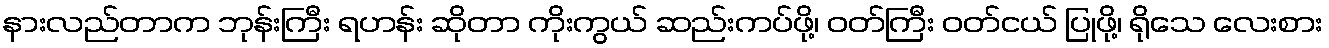
နားလည်တာက ဘုန်းကြီး ရဟန်း ဆိုတာ ကိုးကွယ် ဆည်းကပ်ဖို့၊ ဝတ်ကြီး ဝတ်ငယ် ပြုဖို့၊ ရိုသေ လေးစား